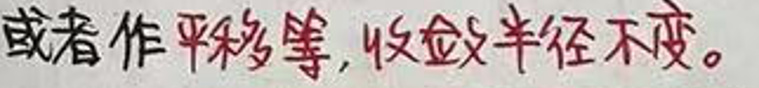
或者作平移等，收敛半径不变。